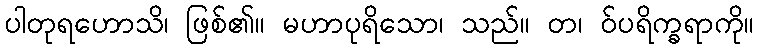
ပါတုရဟောသိ၊ ဖြစ်၏။ မဟာပုရိသော၊ သည်။ တ၊ ဝ်ပရိက္ခရာကို။